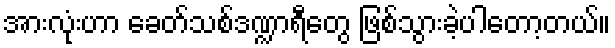
အားလုံးဟာ ခေတ်သစ်ဒဏ္ဍာရီတွေ ဖြစ်သွားခဲ့ပါတော့တယ်။